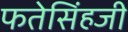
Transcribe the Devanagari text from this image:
फतेसिंहजी